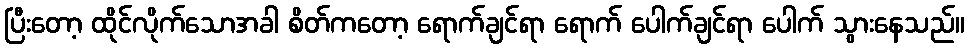
ပြီးတော့ ထိုင်လိုက်သောအခါ စိတ်ကတော့ ရောက်ချင်ရာ ရောက် ပေါက်ချင်ရာ ပေါက် သွားနေသည်။